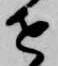
せ